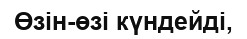
Өзін-өзі күндейді,